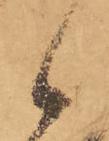
候